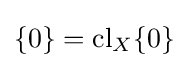
\{0\}=\operatorname {cl} _{X}\{0\}